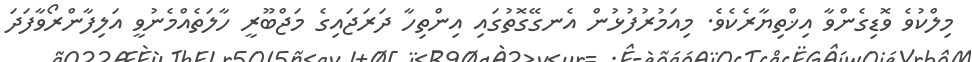
މިލްކުވެ ވޮޑިގެންވާ އިޚްތިޔާރެކެވެ. މިއަމުރުފުޅުން އެނގޭގޮތުގައި އިންތިހާ ދަރަޖައިގެ މަޖްބޫރީ ހާލަތެއްމެނުވީ އަލިފާންރޯވާފަދަ